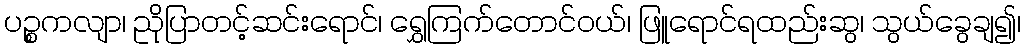
ပဉ္စကလျာ၊ ညိုပြာတင့်ဆင်းရောင်၊ ရွှေကြက်တောင်ဝယ်၊ ဖြူရောင်ရထည်းဆွ၊ သွယ်ခွေချ၍၊